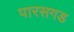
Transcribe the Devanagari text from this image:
पारसगड